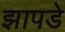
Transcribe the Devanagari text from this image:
झापडे